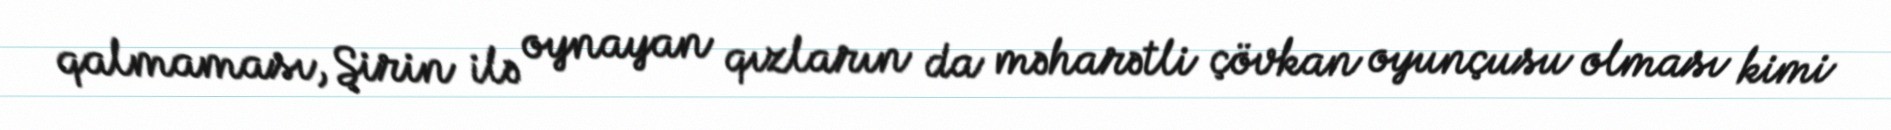
qalmaması, Şirin ilə oynayan qızların da məharətli çövkan oyunçusu olması kimi